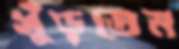
খুঁড়তেম